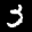
Label: 3